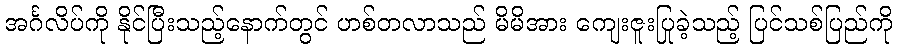
အင်္ဂလိပ်ကို နိုင်ပြီးသည့်နောက်တွင် ဟစ်တလာသည် မိမိအား ကျေးဇူးပြုခဲ့သည့် ပြင်သစ်ပြည်ကို